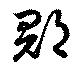
郡